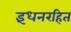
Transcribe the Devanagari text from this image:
इंधनरहित